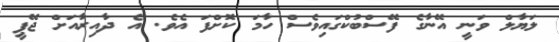
ލަޔާލް ވަނީ އޭނާގެ ފޭސްބުކްގައިވެސް ހާމަ ކޮށްފަ އެވެ. އެ ދާއިރާއަށް ޖޭޕީ